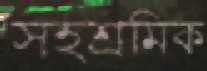
সহশ্রমিক